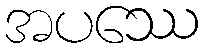
အပဿေ